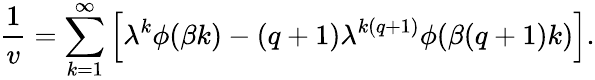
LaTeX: \frac 1v=\sum_{k=1}^{\infty}\left[\lambda^{k}\phi(\beta k)-(q+1)\lambda^{k(q+1)}\phi(\beta(q+1)k)\right].